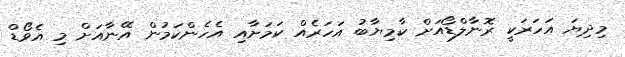
މިދިޔަ އަހަރަކީ ރޮނާލްޑޯއަށް ކާމިޔާބު އަހަރެއް ކަމަށާއި އެހެންކަމުން އޭނާއަށް މި އެވޯޑް